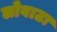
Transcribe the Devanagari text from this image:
लोवाटा